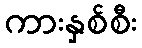
ကားနှစ်စီး